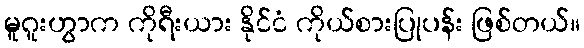
မူဂူးဟွာက ကိုရီးယား နိုင်ငံ ကိုယ်စားပြုပန်း ဖြစ်တယ်။